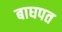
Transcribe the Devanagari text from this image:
बाघपत